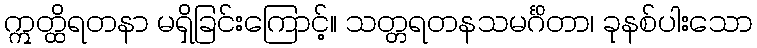
ဣတ္ထိရတနာ မရှိခြင်းကြောင့်။ သတ္တရတနသမင်္ဂိတာ၊ ခုနစ်ပါးသော